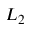
L _ { 2 }